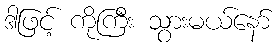
ဒါဖြင့် ကိုကြီး သွားမယ်နော်